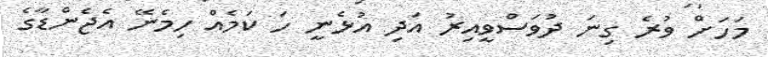
މަހަށް ވުރެ ގިނަ ދުވަސްވީއިރު އަދި އުޅެނީ ހަ ކަމެއް ހިމެނޭ އެޖެންޑާގެ